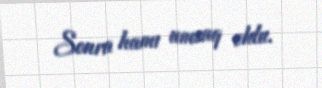
Sonra hamı umsuq oldu.